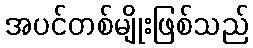
အပင်တစ်မျိုးဖြစ်သည်